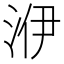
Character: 洢